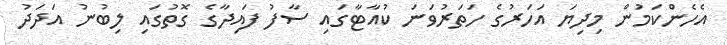
އެހެންކަމުން މިދިޔަ އަހަރުގެ ހަތަރުވަނަ ކުއާޓާގައި ސާފު ފައިދާގެ ގޮތުގައި ލިބުނު އަދަދު